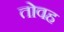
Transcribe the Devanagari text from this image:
तोवह